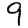
Digit: 9